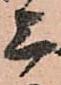
上